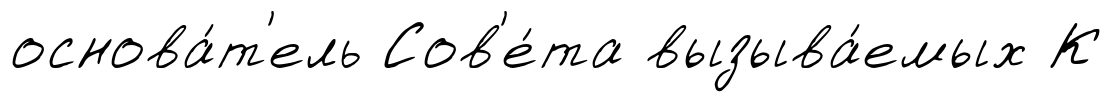
основа́т'ель Сов'е́та вызыва́емых К